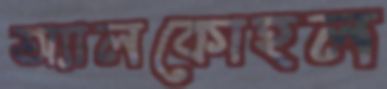
অ্যালকোহল